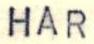
HAR